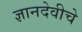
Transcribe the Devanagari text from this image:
ज्ञानदेवीचे